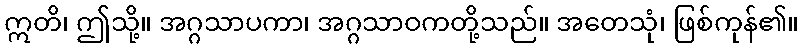
ဣတိ၊ ဤသို့။ အဂ္ဂသာပကာ၊ အဂ္ဂသာဝကတို့သည်။ အတေသုံ၊ ဖြစ်ကုန်၏။